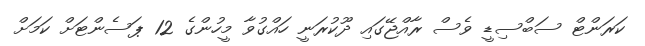
ކަރަންޓް ސަބްސިޑީ ވެސް ރާއްޖޭގައި ދޫކުރަނީ ހައްގުވާ މީހުންގެ 12 ޕަސެންޓަށް ކަމަށް